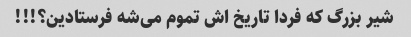
شیر بزرگ که فردا تاریخ اش تموم می‌شه فرستادین؟!!!